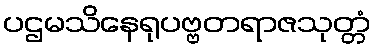
ပဌမသိနေရုပဗ္ဗတရာဇသုတ္တံ